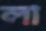
লা